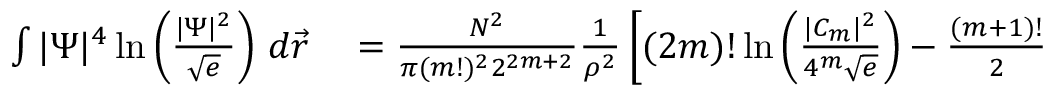
\begin{array} { r l } { \int | \Psi | ^ { 4 } \ln \left( \frac { | \Psi | ^ { 2 } } { \sqrt { e } } \right) \, d \vec { r } } & { { } = \frac { N ^ { 2 } } { \pi ( m ! ) ^ { 2 } 2 ^ { 2 m + 2 } } \frac { 1 } { \rho ^ { 2 } } \left[ ( 2 m ) ! \ln \left( \frac { | C _ { m } | ^ { 2 } } { 4 ^ { m } \sqrt { e } } \right) - \frac { ( m + 1 ) ! } { 2 } \right. } \end{array}